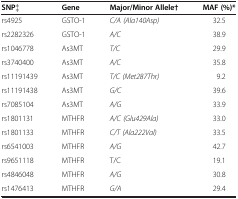
<table><thead><tr><td><b>SNP‡</b></td><td><b>Gene</b></td><td><b>Major/Minor Allele†</b></td><td><b>MAF (%)*</b></td></tr></thead><tbody><tr><td>rs4925</td><td>GSTO-1</td><td><i>C/A (Ala140Asp)</i></td><td>32.5</td></tr><tr><td>rs2282326</td><td>GSTO-1</td><td><i>A/C</i></td><td>38.9</td></tr><tr><td>rs1046778</td><td>As3MT</td><td><i>T/C</i></td><td>29.9</td></tr><tr><td>rs3740400</td><td>As3MT</td><td><i>A/C</i></td><td>35.8</td></tr><tr><td>rs11191439</td><td>As3MT</td><td><i>T/C (Met287Thr)</i></td><td>9.2</td></tr><tr><td>rs11191438</td><td>As3MT</td><td><i>G/C</i></td><td>39.6</td></tr><tr><td>rs7085104</td><td>As3MT</td><td><i>A/G</i></td><td>33.9</td></tr><tr><td>rs1801131</td><td>MTHFR</td><td><i>A/C (Glu429Ala)</i></td><td>33.0</td></tr><tr><td>rs1801133</td><td>MTHFR</td><td><i>C/T (Ala222Val)</i></td><td>33.5</td></tr><tr><td>rs6541003</td><td>MTHFR</td><td><i>A/G</i></td><td>42.7</td></tr><tr><td>rs9651118</td><td>MTHFR</td><td>T/C</td><td>19.1</td></tr><tr><td>rs4846048</td><td>MTHFR</td><td><i>A/G</i></td><td>30.8</td></tr><tr><td>rs1476413</td><td>MTHFR</td><td><i>G/A</i></td><td>29.4</td></tr></tbody></table>